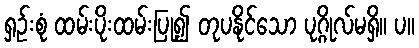
ရှဉ်းစုံ ထမ်းပိုးထမ်းပြု၍ တုပနိုင်သော ပုဂ္ဂိုလ်မရှိ။ ပ။